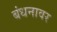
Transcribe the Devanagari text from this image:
बंधनावर